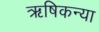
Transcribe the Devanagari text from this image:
ऋषिकन्या